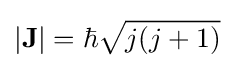
|\mathbf {J} |=\hbar {\sqrt {j(j+1)}}\,\!